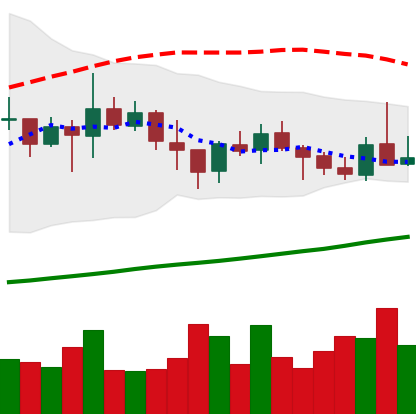
Ticker: ADA-USD
Chart end date: 2021-10-22
Forward return: -11.186%
Label: down_7plus